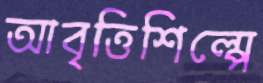
আবৃত্তিশিল্পে